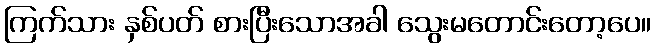
ကြက်သား နှစ်ပတ် စားပြီးသောအခါ သွေးမတောင်းတော့ပေ။